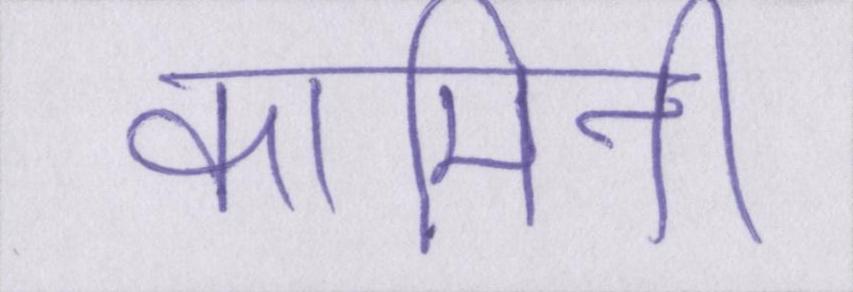
कामिनी